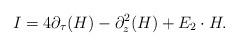
LaTeX: \begin{align*} I = 4 \partial_{\tau}(H) - \partial_z^2(H) + E_2 \cdot H. \end{align*}